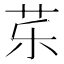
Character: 𱽚